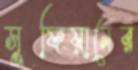
সুফিয়ানের